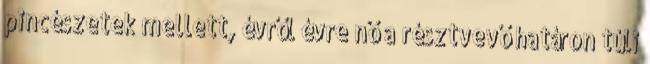
pincészetek mellett, évről évre nő a résztvevő határon túli